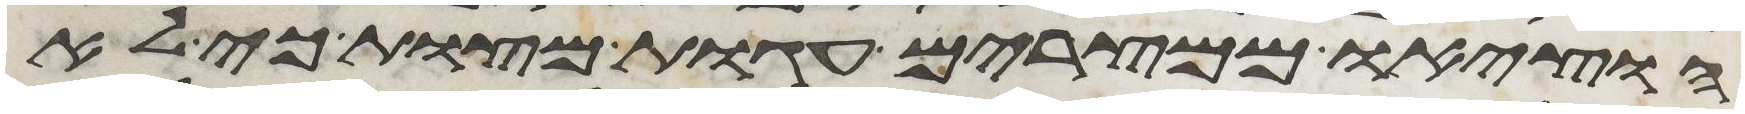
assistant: הוציאו ממצרים עגות מצות כי לא